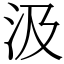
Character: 汲